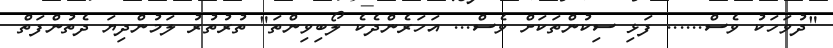
"ދުވަހަކު ވެސް...... ފަޅި ސިކުންތަކަށް ވެސް... އަހަރެންދެކެ ލޯބިވިންތަ" ތުރުތުރު ލަމުންދިޔަ ދެތުންފަތް